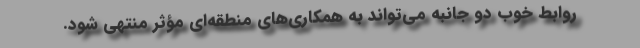
روابط خوب دو جانبه می‌تواند به همکاری‌های منطقه‌ای مؤثر منتهی شود.